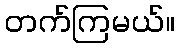
တက်ကြမယ်။